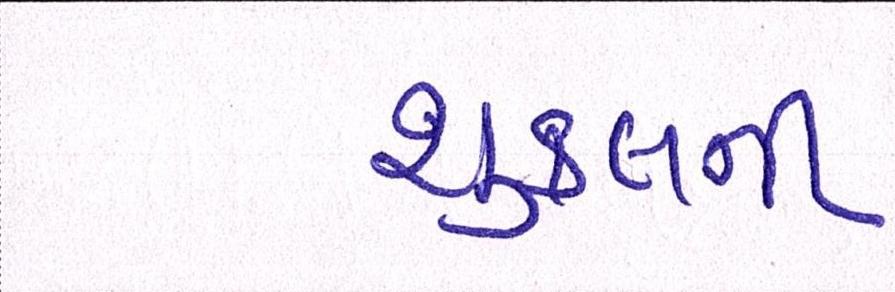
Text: શુક્લની